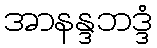
အာနန္ဒဘဒ္ဒံ